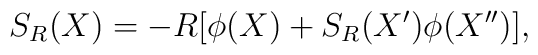
S_R(X)=-R[\phi(X)+S_R(X^\prime)\phi(X^{\prime\prime})],